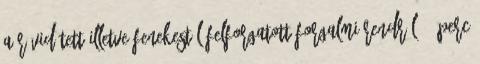
a rövidített illetve fenekestül felforgatott forgalmi rendről 12 perc